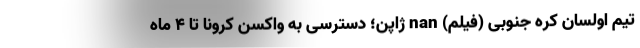
تیم اولسان کره جنوبی (فیلم) nan ژاپن؛ دسترسی به واکسن کرونا تا 4 ماه